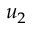
u _ { 2 }